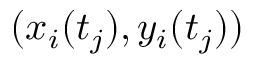
( x _ { i } ( t _ { j } ) , y _ { i } ( t _ { j } ) )